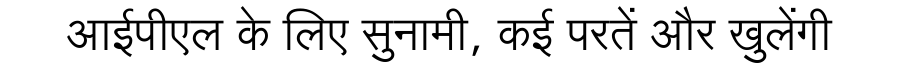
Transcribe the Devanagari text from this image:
आईपीएल के लिए सुनामी, कई परतें और खुलेंगी